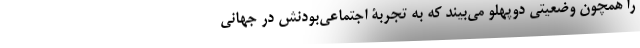
را همچون وضعیتی دوپهلو می‌بیند که به تجربۀ اجتماعی‌بودنش در جهانی